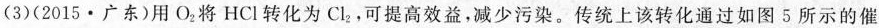
(3)(2015·广东)用O2将HCl转化为O_{2}，可提高效益，减少污染。传统上该转化通过如图5所示的催